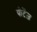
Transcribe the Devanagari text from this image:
पोटेंज़